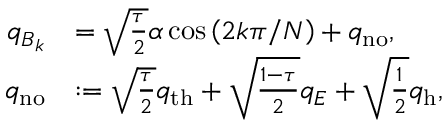
\begin{array} { r l } { q _ { B _ { k } } } & { = \sqrt { \frac { \tau } { 2 } } \alpha \cos \left( 2 k \pi / N \right) + q _ { \mathrm { n o } } , } \\ { q _ { \mathrm { n o } } } & { : = \sqrt { \frac { \tau } { 2 } } q _ { \mathrm { t h } } + \sqrt { \frac { 1 - \tau } { 2 } } q _ { E } + \sqrt { \frac { 1 } { 2 } } q _ { \mathrm { h } } , } \end{array}